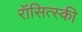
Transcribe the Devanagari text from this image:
रॉसित्स्की